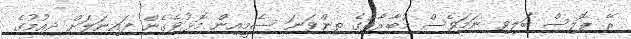
ރޭ ޕޮލިސް ބަލިވި ނަމަވެސް މުބާރާތުގެ ތިންވަނަ ސެމީއިން މޮޅުވެގެން ފައިނަލަށް ދިއުމުގެ